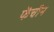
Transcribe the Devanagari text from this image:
फेंचीन